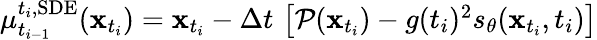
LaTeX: \begin{array}{r}{\mu_{t_{i-1}}^{t_{i},\mathrm{SDE}}(\mathbf{x}_{t_{i}})=\mathbf{x}_{t_{i}}-\Delta t\, \left[\mathcal{P}(\mathbf{x}_{t_{i}})-g(t_{i})^{2}s_{\theta}(\mathbf{x}_{t_{i}},t_{i})\right]}\end{array}